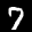
Label: 7